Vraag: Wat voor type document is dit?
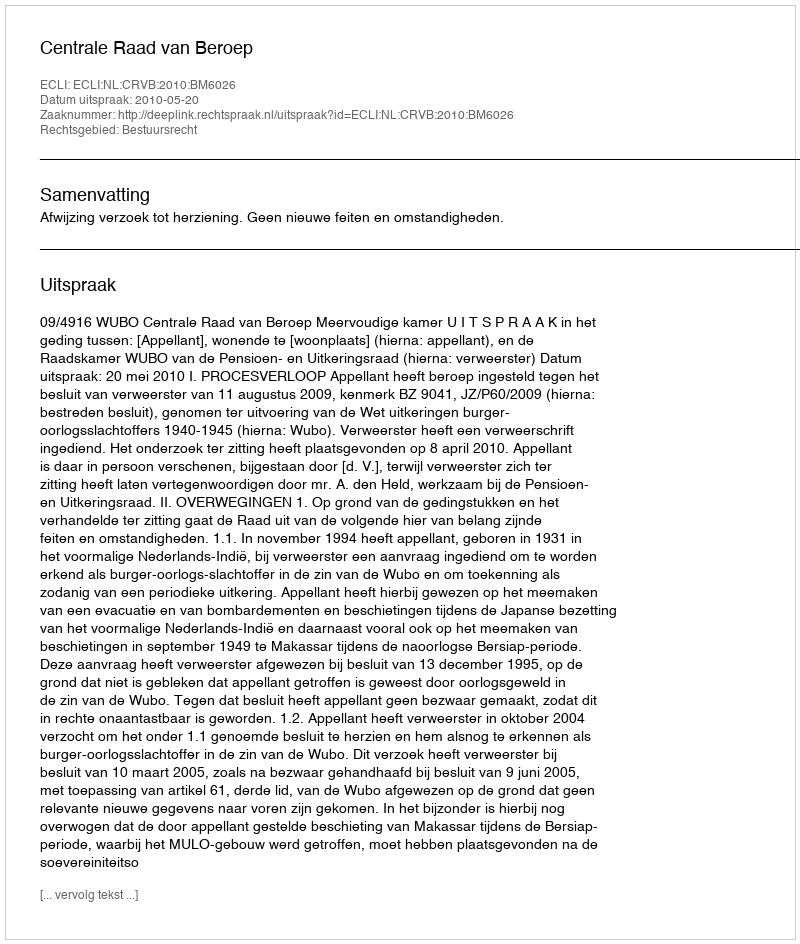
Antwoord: Uitspraak